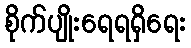
စိုက်ပျိုးရေရရှိရေး